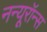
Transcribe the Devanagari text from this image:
नन्यूरॉन्स